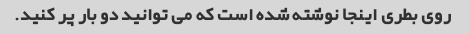
روی بطری اینجا نوشته شده است که می توانید دو بار پر کنید.